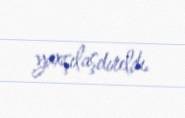
yaxşılaşdırıldı.